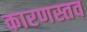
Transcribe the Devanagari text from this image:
कारणस्तव